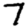
Digit: 7